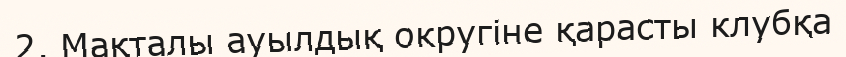
2. Мақталы ауылдық округіне қарасты клубқа